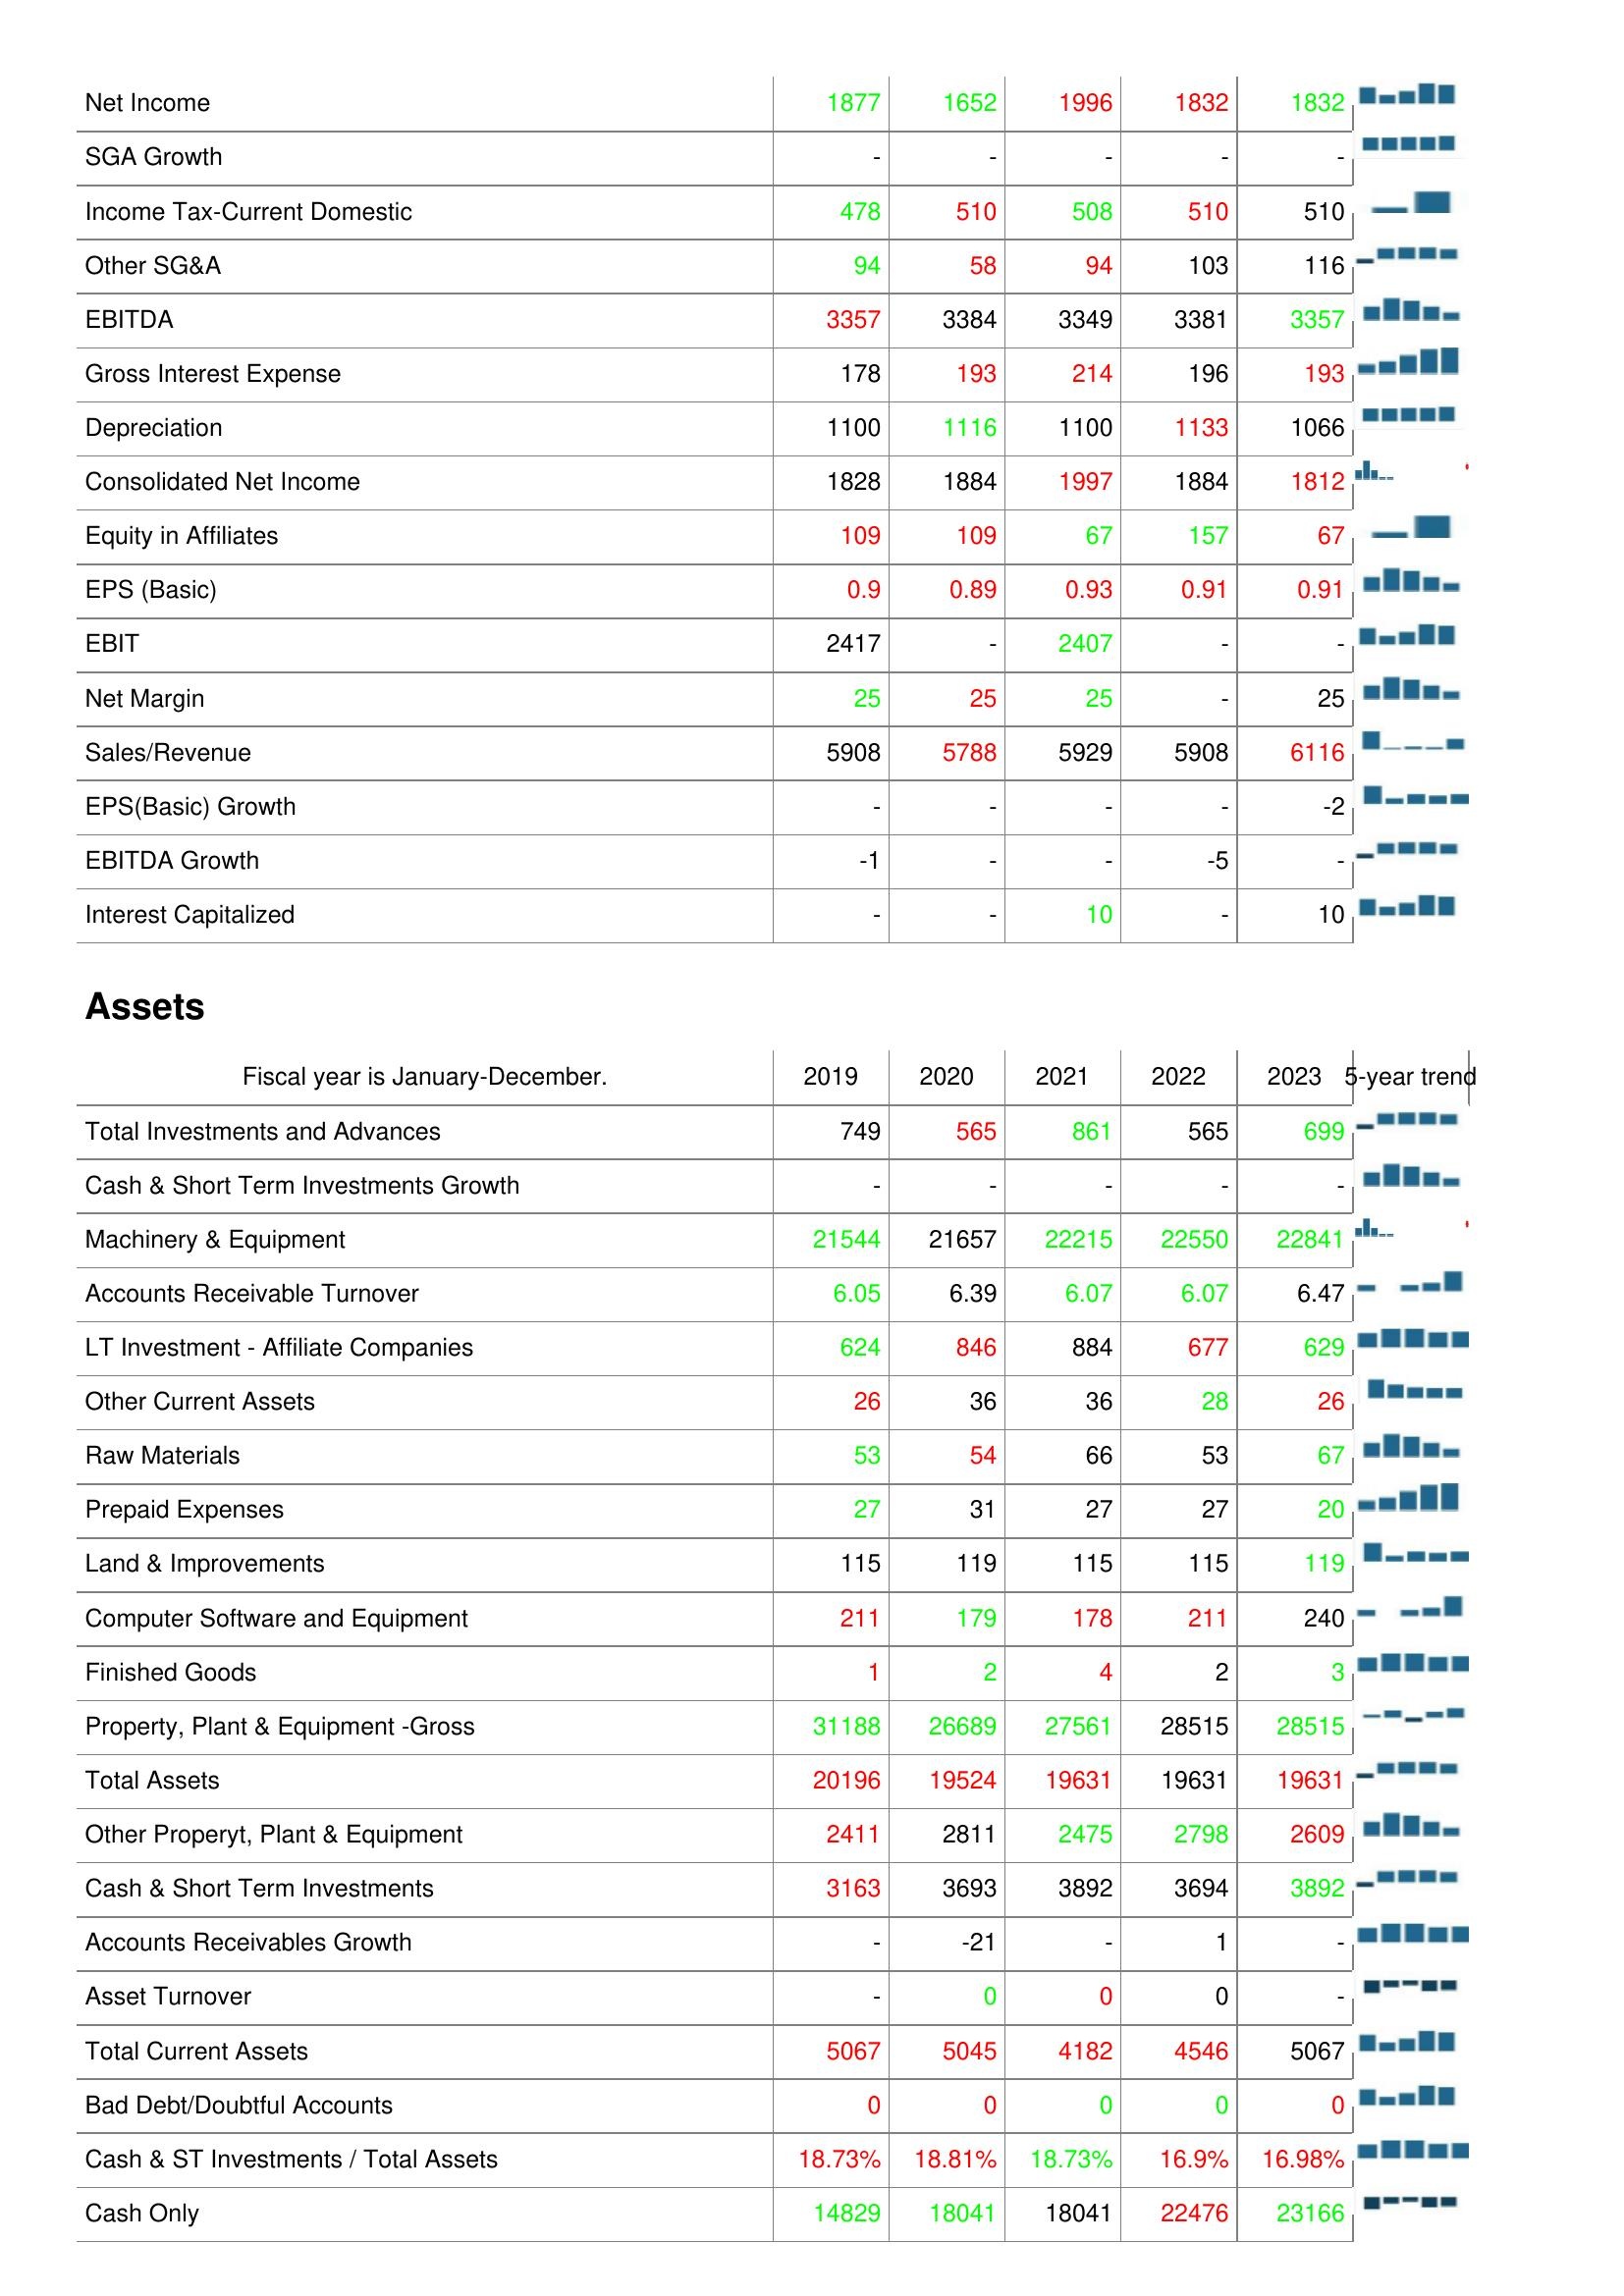
2019: : Net Income: 1877
SGA Growth: -
Income Tax-Current Domestic: 478
Other SG&A: 94
EBITDA: 3357
Gross Interest Expense: 178
Depreciation: 1100
Consolidated Net Income: 1828
Equity in Affiliates: 109
EPS (Basic): 0.9
EBIT: 2417
Net Margin: 25
Sales/Revenue: 5908
EPS(Basic) Growth: -
EBITDA Growth: -1
Interest Capitalized: -
Assets: Total Investments and Advances: 749
Cash & Short Term Investments Growth: -
Machinery & Equipment: 21544
Accounts Receivable Turnover: 6.05
LT Investment - Affiliate Companies: 624
Other Current Assets: 26
Raw Materials: 53
Prepaid Expenses: 27
Land & Improvements: 115
Computer Software and Equipment: 211
Finished Goods: 1
Property, Plant & Equipment -Gross: 31188
Total Assets: 20196
Other Properyt, Plant & Equipment: 2411
Cash & Short Term Investments: 3163
Accounts Receivables Growth: -
Asset Turnover: -
Total Current Assets: 5067
Bad Debt/Doubtful Accounts: 0
Cash & ST Investments / Total Assets: 18.73%
Cash Only: 14829
2020: : Net Income: 1652
SGA Growth: -
Income Tax-Current Domestic: 510
Other SG&A: 58
EBITDA: 3384
Gross Interest Expense: 193
Depreciation: 1116
Consolidated Net Income: 1884
Equity in Affiliates: 109
EPS (Basic): 0.89
EBIT: -
Net Margin: 25
Sales/Revenue: 5788
EPS(Basic) Growth: -
EBITDA Growth: -
Interest Capitalized: -
Assets: Total Investments and Advances: 565
Cash & Short Term Investments Growth: -
Machinery & Equipment: 21657
Accounts Receivable Turnover: 6.39
LT Investment - Affiliate Companies: 846
Other Current Assets: 36
Raw Materials: 54
Prepaid Expenses: 31
Land & Improvements: 119
Computer Software and Equipment: 179
Finished Goods: 2
Property, Plant & Equipment -Gross: 26689
Total Assets: 19524
Other Properyt, Plant & Equipment: 2811
Cash & Short Term Investments: 3693
Accounts Receivables Growth: -21
Asset Turnover: 0
Total Current Assets: 5045
Bad Debt/Doubtful Accounts: 0
Cash & ST Investments / Total Assets: 18.81%
Cash Only: 18041
2021: : Net Income: 1996
SGA Growth: -
Income Tax-Current Domestic: 508
Other SG&A: 94
EBITDA: 3349
Gross Interest Expense: 214
Depreciation: 1100
Consolidated Net Income: 1997
Equity in Affiliates: 67
EPS (Basic): 0.93
EBIT: 2407
Net Margin: 25
Sales/Revenue: 5929
EPS(Basic) Growth: -
EBITDA Growth: -
Interest Capitalized: 10
Assets: Total Investments and Advances: 861
Cash & Short Term Investments Growth: -
Machinery & Equipment: 22215
Accounts Receivable Turnover: 6.07
LT Investment - Affiliate Companies: 884
Other Current Assets: 36
Raw Materials: 66
Prepaid Expenses: 27
Land & Improvements: 115
Computer Software and Equipment: 178
Finished Goods: 4
Property, Plant & Equipment -Gross: 27561
Total Assets: 19631
Other Properyt, Plant & Equipment: 2475
Cash & Short Term Investments: 3892
Accounts Receivables Growth: -
Asset Turnover: 0
Total Current Assets: 4182
Bad Debt/Doubtful Accounts: 0
Cash & ST Investments / Total Assets: 18.73%
Cash Only: 18041
2022: : Net Income: 1832
SGA Growth: -
Income Tax-Current Domestic: 510
Other SG&A: 103
EBITDA: 3381
Gross Interest Expense: 196
Depreciation: 1133
Consolidated Net Income: 1884
Equity in Affiliates: 157
EPS (Basic): 0.91
EBIT: -
Net Margin: -
Sales/Revenue: 5908
EPS(Basic) Growth: -
EBITDA Growth: -5
Interest Capitalized: -
Assets: Total Investments and Advances: 565
Cash & Short Term Investments Growth: -
Machinery & Equipment: 22550
Accounts Receivable Turnover: 6.07
LT Investment - Affiliate Companies: 677
Other Current Assets: 28
Raw Materials: 53
Prepaid Expenses: 27
Land & Improvements: 115
Computer Software and Equipment: 211
Finished Goods: 2
Property, Plant & Equipment -Gross: 28515
Total Assets: 19631
Other Properyt, Plant & Equipment: 2798
Cash & Short Term Investments: 3694
Accounts Receivables Growth: 1
Asset Turnover: 0
Total Current Assets: 4546
Bad Debt/Doubtful Accounts: 0
Cash & ST Investments / Total Assets: 16.9%
Cash Only: 22476
2023: : Net Income: 1832
SGA Growth: -
Income Tax-Current Domestic: 510
Other SG&A: 116
EBITDA: 3357
Gross Interest Expense: 193
Depreciation: 1066
Consolidated Net Income: 1812
Equity in Affiliates: 67
EPS (Basic): 0.91
EBIT: -
Net Margin: 25
Sales/Revenue: 6116
EPS(Basic) Growth: -2
EBITDA Growth: -
Interest Capitalized: 10
Assets: Total Investments and Advances: 699
Cash & Short Term Investments Growth: -
Machinery & Equipment: 22841
Accounts Receivable Turnover: 6.47
LT Investment - Affiliate Companies: 629
Other Current Assets: 26
Raw Materials: 67
Prepaid Expenses: 20
Land & Improvements: 119
Computer Software and Equipment: 240
Finished Goods: 3
Property, Plant & Equipment -Gross: 28515
Total Assets: 19631
Other Properyt, Plant & Equipment: 2609
Cash & Short Term Investments: 3892
Accounts Receivables Growth: -
Asset Turnover: -
Total Current Assets: 5067
Bad Debt/Doubtful Accounts: 0
Cash & ST Investments / Total Assets: 16.98%
Cash Only: 23166